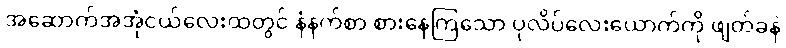
အဆောက်အအုံငယ်လေးထဲတွင် နံနက်စာ စားနေကြသော ပုလိပ်လေးယောက်ကို ဖျတ်ခနဲ